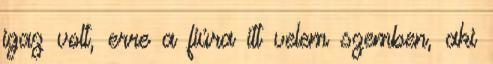
igaz volt, erre a fiúra itt velem szemben, aki